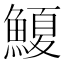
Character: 𮬆